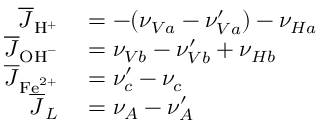
\begin{array} { r l } { \overline { { J } } _ { \mathrm { H } ^ { + } } } & { { } = - ( \nu _ { V a } - \nu _ { V a } ^ { \prime } ) - \nu _ { H a } } \\ { \overline { { J } } _ { \mathrm { O H } ^ { - } } } & { { } = \nu _ { V b } - \nu _ { V b } ^ { \prime } + \nu _ { H b } } \\ { \overline { { J } } _ { \mathrm { F e } ^ { 2 + } } } & { { } = \nu _ { c } ^ { \prime } - \nu _ { c } } \\ { \overline { { J } } _ { L } } & { { } = \nu _ { A } - \nu _ { A } ^ { \prime } } \end{array}